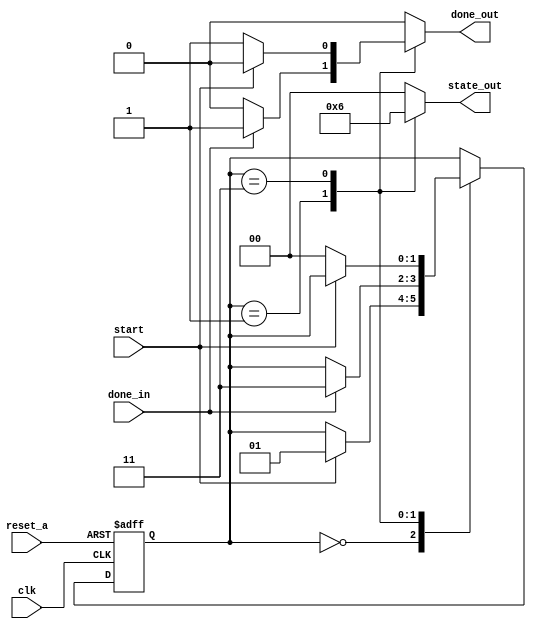
module alu_control(clk, reset_a,start,done_in, done_out, state_out);

input clk, reset_a, start, done_in;
output reg done_out;
output reg [1:0] state_out;

reg [1:0] current_state, next_state;

parameter inicio=2'd0, calc=2'd1, fin=2'd3;

always @(posedge clk,posedge reset_a)begin
	if(reset_a)
		current_state <= inicio;
	else
		current_state <= next_state;
end

always @(current_state, start,done_in)begin
	next_state <= current_state;
	
	case(current_state)
		inicio:begin
			if(start)
				next_state<=calc;
		end
		calc:begin
			if(done_in)
				next_state<=fin;
		end
		fin:begin
			if(!start)
				next_state<=inicio;
		end
	endcase
end

always @(current_state, start, done_in)begin
	done_out = 1'b0;

	case(current_state)
		inicio:begin
			if(start)
				done_out = 1'b0;
		end
		calc:begin
			if(done_in)
				done_out = 1'b1;

		end
		fin:begin
			if(!start)
				done_out = 1'b1;
		end
	endcase
end

always @ (current_state)
begin
	state_out = 2'b00;
	case(current_state)
		inicio: ;
		calc: state_out = 2'b01;
		fin: state_out = 2'b10;
	endcase
end
				
endmodule